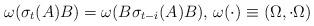
LaTeX: \begin{align*}\omega(\sigma_{t}(A)B)=\omega(B\sigma_{t-i}(A)B),\,\omega(\cdot)\equiv\left(\Omega,\cdot\Omega\right)\end{align*}